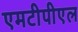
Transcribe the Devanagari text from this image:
एमटीपीएल